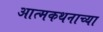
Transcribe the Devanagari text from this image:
आत्मकथनाच्या